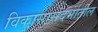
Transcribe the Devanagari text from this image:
विकासासंदर्भातील